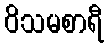
ဝိသမစာရီ